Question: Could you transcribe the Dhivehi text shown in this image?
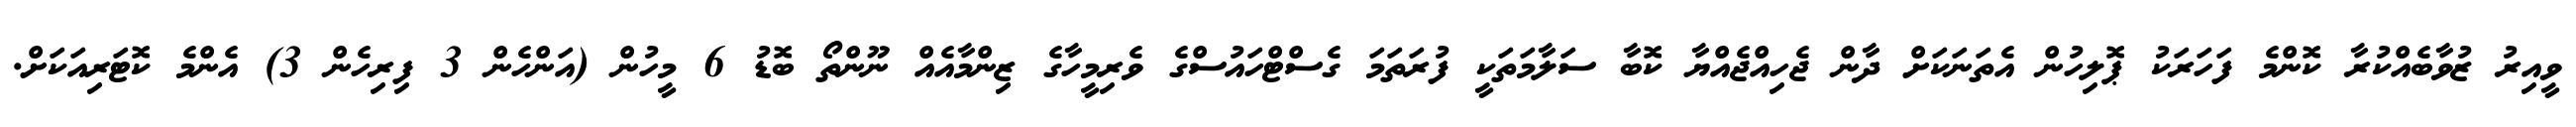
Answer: ވީއިރު ޒުވާބެއްކުރާ ކޮންމެ ފަހަރަކު ޕޮލިހުން އެތަނަކަށް ދާން ޖެހިއްޖެއްޔާ ކޮބާ ސަލާމަތަކީ ފުރަތަމަ ގެސްޓްހައުސްގެ ވެރިމީހާގެ ޒިންމާއެއް ނޫންތޯ ބޮޑު 6 މީހުން (އަންހެން 3 ފިރިހެން 3) އެންމެ ކޮޓަރިއަކަށް.